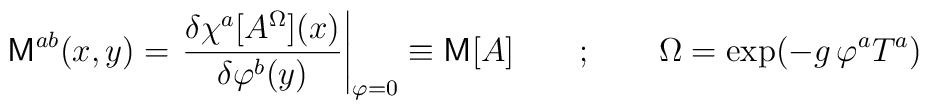
{\sf M}^{ab}(x,y) = \left.\frac{\delta \chi^a[A^\Omega](x)}{\delta \varphi^b(y)}\right|_{\varphi = 0} \equiv {\sf M}[A] \qquad ; \qquad\Omega = \exp(- g\,\varphi^a T^a)